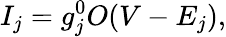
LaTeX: I_{j}=g_{j}^{0}O(V-E_{j}),